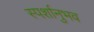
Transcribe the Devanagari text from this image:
स्पर्शानुभव